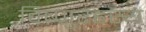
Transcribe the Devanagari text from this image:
विष्णुरहस्य